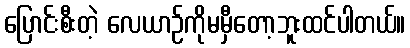
ပြောင်းစီးတဲ့ လေယာဉ်ကိုမမှီတော့ဘူးထင်ပါတယ်။